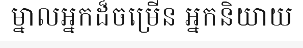
ម្នាលអ្នកដ៏ចម្រើន អ្នកនិយាយ